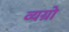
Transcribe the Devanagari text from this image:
व्यग्रो